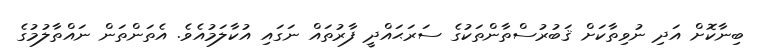
ބިނާކޮށް އަދި ނުވިތާކަށް ޤަބުރުސްތާންތަކުގެ ސަރަޙައްދީ ފާރުތައް ނަގައި އުކާލަމުއެވެ. އެތަންތަން ނައްތާލުމުގެ